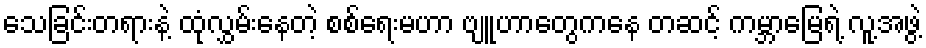
သေခြင်းတရားနဲ့ ထုံလွှမ်းနေတဲ့ စစ်ရေးမဟာ ဗျူဟာတွေကနေ တဆင့် ကမ္ဘာမြေရဲ့ လူ့အဖွဲ့